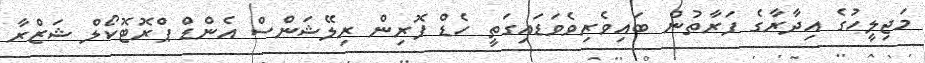
މަޖިލީހުގެ އިދާރާގެ ފަރާތުން ބައިވެރިވެވަޑައިގަތީ ހެޑް ފޮރިން ރިލޭޝަންސް އެންޑް ޕްރޮޓޮކޯލް ޝަޒްރާ